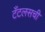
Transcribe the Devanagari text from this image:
टँटलसची